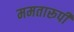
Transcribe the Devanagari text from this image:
ममतारूपी